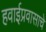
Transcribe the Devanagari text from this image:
हवाईप्रवासाचे